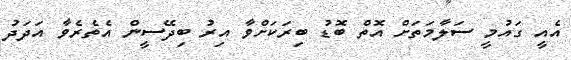
އެއީ ގައުމީ ސަލާމަތަށް އޮތް ބޮޑު ބިރަކަށްވާ އިރު ބިދޭސީން އެތެރެވާ އަދަދު